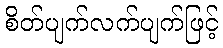
စိတ်ပျက်လက်ပျက်ဖြင့်